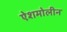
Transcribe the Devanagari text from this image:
ऐशमोलीन